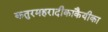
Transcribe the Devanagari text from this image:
कतुरमहरादीकाकैयीका